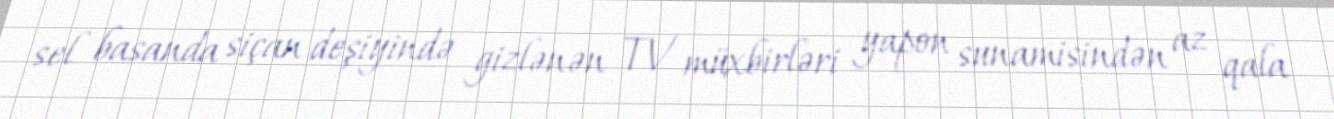
sel basanda siçan deşiyində gizlənən TV müxbirləri yapon sunamisindən az qala